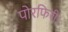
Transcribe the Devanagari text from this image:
पोरफिरी।